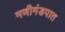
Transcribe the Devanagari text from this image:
मणीमंडपात